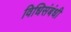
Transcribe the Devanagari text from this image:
विधिसंबंधी